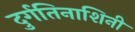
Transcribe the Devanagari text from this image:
दुर्गतिनाशिनी